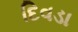
દિવડા